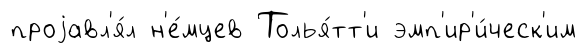
проjавл'я́л н'е́мцев Толья́тт'и эмп'ир'и́ческ'им